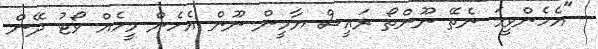
"އެހެންވީމަ ނެތޭ ނޫންތޯ ރައީސް ޔާމީން ނޫން އެހެން މީހެއް ވޯޓު ދޭން